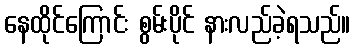
နေထိုင်ကြောင်း စွမ်းပိုင် နားလည်ခဲ့ရသည်။